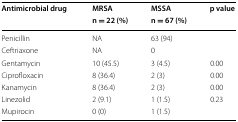
<table><thead><tr><td rowspan="2"><b>Antimicrobial drug</b></td><td><b>MRSA</b></td><td><b>MSSA</b></td><td rowspan="2"><b>p value</b></td></tr><tr><td><b>n = 22 (%)</b></td><td><b>n = 67 (%)</b></td></tr></thead><tbody><tr><td>Penicillin</td><td>NA</td><td>63 (94)</td><td></td></tr><tr><td>Ceftriaxone</td><td>NA</td><td>0</td><td></td></tr><tr><td>Gentamycin</td><td>10 (45.5)</td><td>3 (4.5)</td><td>0.00</td></tr><tr><td>Ciprofloxacin</td><td>8 (36.4)</td><td>2 (3)</td><td>0.00</td></tr><tr><td>Kanamycin</td><td>8 (36.4)</td><td>2 (3)</td><td>0.00</td></tr><tr><td>Linezolid</td><td>2 (9.1)</td><td>1 (1.5)</td><td>0.23</td></tr><tr><td>Mupirocin</td><td>0 (0)</td><td>1 (1.5)</td><td></td></tr></tbody></table>